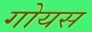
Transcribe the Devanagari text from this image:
गोयस